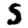
Digit: 5